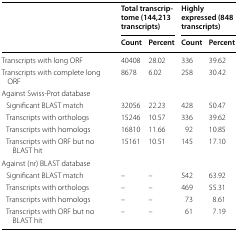
<table><thead><tr><td rowspan="2"></td><td colspan="2"><b>Total transcriptome (144,213 transcripts)</b></td><td colspan="2"><b>Highly expressed (848 transcripts)</b></td></tr><tr><td><b>Count</b></td><td><b>Percent</b></td><td><b>Count</b></td><td><b>Percent</b></td></tr></thead><tbody><tr><td>Transcripts with long ORF</td><td>40408</td><td>28.02</td><td>336</td><td>39.62</td></tr><tr><td>Transcripts with complete long ORF</td><td>8678</td><td>6.02</td><td>258</td><td>30.42</td></tr><tr><td colspan="5">Against Swiss-Prot database</td></tr><tr><td> Significant BLAST match</td><td>32056</td><td>22.23</td><td>428</td><td>50.47</td></tr><tr><td> Transcripts with orthologs</td><td>15246</td><td>10.57</td><td>336</td><td>39.62</td></tr><tr><td> Transcripts with homologs</td><td>16810</td><td>11.66</td><td>92</td><td>10.85</td></tr><tr><td> Transcripts with ORF but no BLAST hit</td><td>15161</td><td>10.51</td><td>145</td><td>17.10</td></tr><tr><td colspan="5">Against (nr) BLAST database</td></tr><tr><td> Significant BLAST match</td><td>–</td><td>–</td><td>542</td><td>63.92</td></tr><tr><td> Transcripts with orthologs</td><td>–</td><td>–</td><td>469</td><td>55.31</td></tr><tr><td> Transcripts with homologs</td><td>–</td><td>–</td><td>73</td><td>8.61</td></tr><tr><td> Transcripts with ORF but no BLAST hit</td><td>–</td><td>–</td><td>61</td><td>7.19</td></tr></tbody></table>